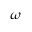
\omega